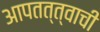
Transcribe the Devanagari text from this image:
आपतत्त्वाची